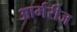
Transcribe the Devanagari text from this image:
आर्मरीज